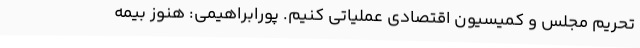
تحریم مجلس و کمیسیون اقتصادی عملیاتی کنیم. پورابراهیمی: هنوز بیمه